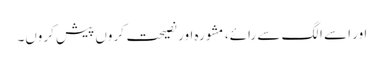
اور اسے الگ سے رائے، مشورہ اور نصیحت کروں پیش کروں۔